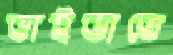
ভাইভাতে